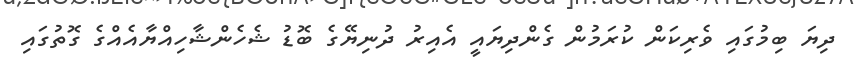
ދިޔަ ބިމުގައި ވެރިކަން ކުރަމުން ގެންދިޔައީ އެއިރު ދުނިޔޭގެ ބޮޑު ޝެހެންޝާހިއްޔާއެއްގެ ގޮތުގައި